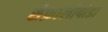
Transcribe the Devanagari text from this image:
सेफ़ालोपोडा